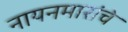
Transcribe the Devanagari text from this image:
नायनमारांचे